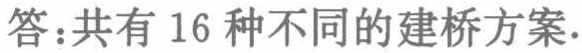
答：共有 16 种不同的建桥方案.